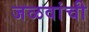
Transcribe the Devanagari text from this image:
जळवांची